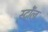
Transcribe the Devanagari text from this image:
स्टॉेल